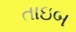
તાઇબ